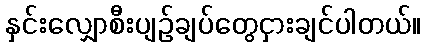
နှင်းလျှောစီးပျဉ်ချပ်တွေငှားချင်ပါတယ်။